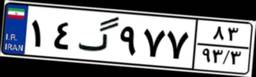
۱۴گ۹۷۷۸۳